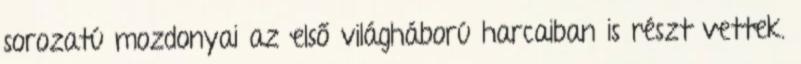
sorozatú mozdonyai az első világháború harcaiban is részt vettek.